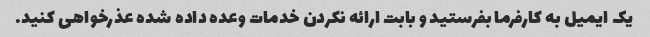
یک ایمیل به کارفرما بفرستید و بابت ارائه نکردن خدمات وعده داده شده عذرخواهی کنید.